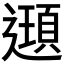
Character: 𨘀